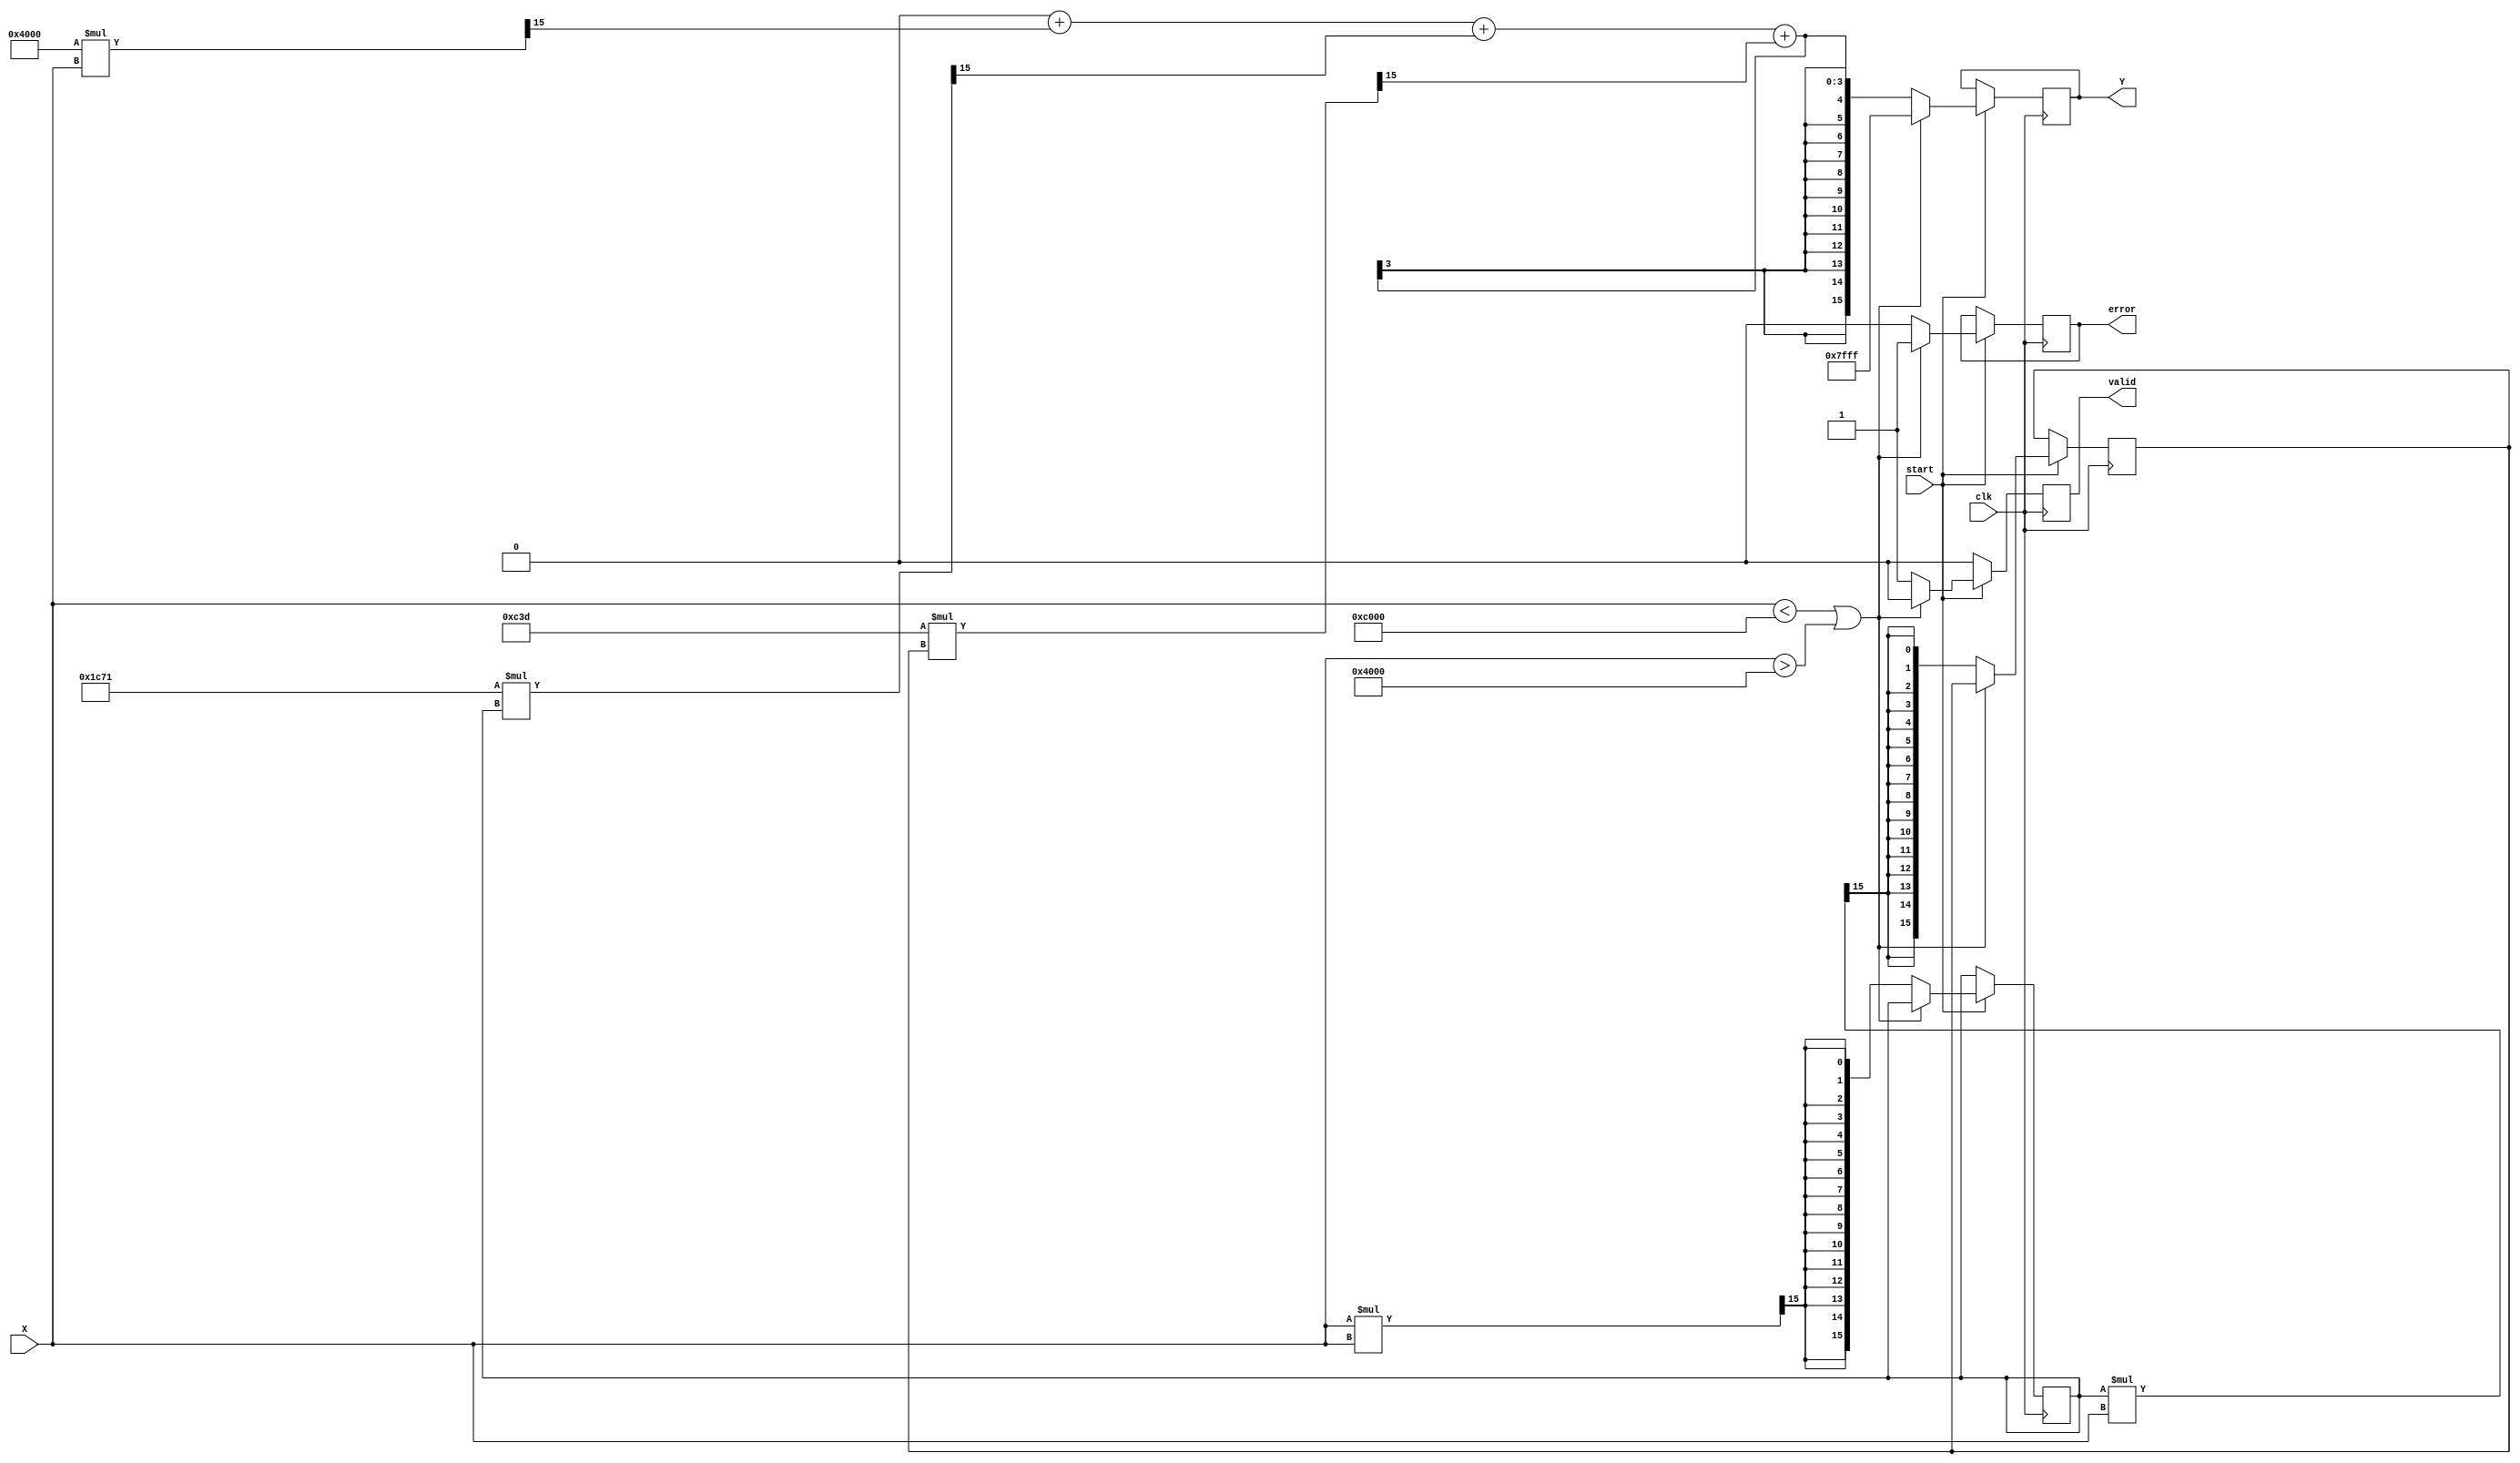
module asin_block (
    input wire clk,            // Clock signal
    input wire start,          // Control signal to start computation
    input wire signed [15:0] X, // Input signal (fixed-point, range -1 to 1)
    output reg signed [15:0] Y, // Output signal (angle in radians)
    output reg valid,          // Output valid signal
    output reg error           // Error signal for out-of-range inputs
);

    // Polynomial coefficients for approximation (example values)
    parameter signed [15:0] A0 = 16'h0000; // Coefficient for x^0
    parameter signed [15:0] A1 = 16'h4000; // Coefficient for x^1
    parameter signed [15:0] A2 = 16'h1C71; // Coefficient for x^2
    parameter signed [15:0] A3 = 16'h0C3D; // Coefficient for x^3

    reg signed [15:0] x_squared;
    reg signed [15:0] x_cubed;
    
    always @(posedge clk) begin
        if (start) begin
            // Domain check
            if (X < -16'h4000 || X > 16'h4000) begin // Check if X is outside [-1, 1]
                Y <= 16'h7FFF; // Output NaN or some error code
                valid <= 0;
                error <= 1;
            end else begin
                error <= 0;
                // Compute x^2 and x^3
                x_squared <= (X * X) >>> 15; // Fixed-point multiplication (scale down)
                x_cubed <= (x_squared * X) >>> 15; // x^3 = x^2 * x
                
                // Polynomial approximation of asin(x)
                Y <= A0 + (A1 * X >>> 15) + (A2 * x_squared >>> 15) + (A3 * x_cubed >>> 15);
                
                valid <= 1; // Output is valid
            end
        end else begin
            valid <= 0; // Reset valid signal when not starting
        end
    end

endmodule